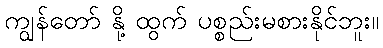
ကျွန်တော် နို့ ထွက် ပစ္စည်းမစားနိုင်ဘူး။